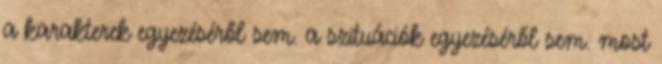
a karakterek egyezéséről sem. a szituációk egyezéséről sem. most